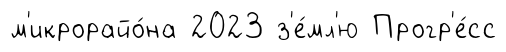
м'икрорайо́на 2023 з'е́мл'ю Прогр'е́сс